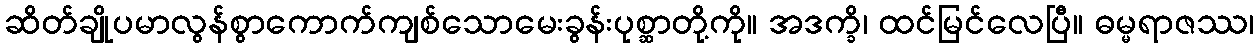
ဆိတ်ချိုပမာလွန်စွာကောက်ကျစ်သောမေးခွန်းပုစ္ဆာတို့ကို။ အဒက္ခိ၊ ထင်မြင်လေပြီ။ ဓမ္မရာဇဿ၊